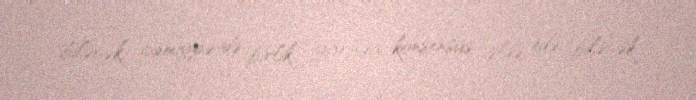
biləcək, cəmiyyətdə birlik yarada, konsensus əldə edə biləcək.